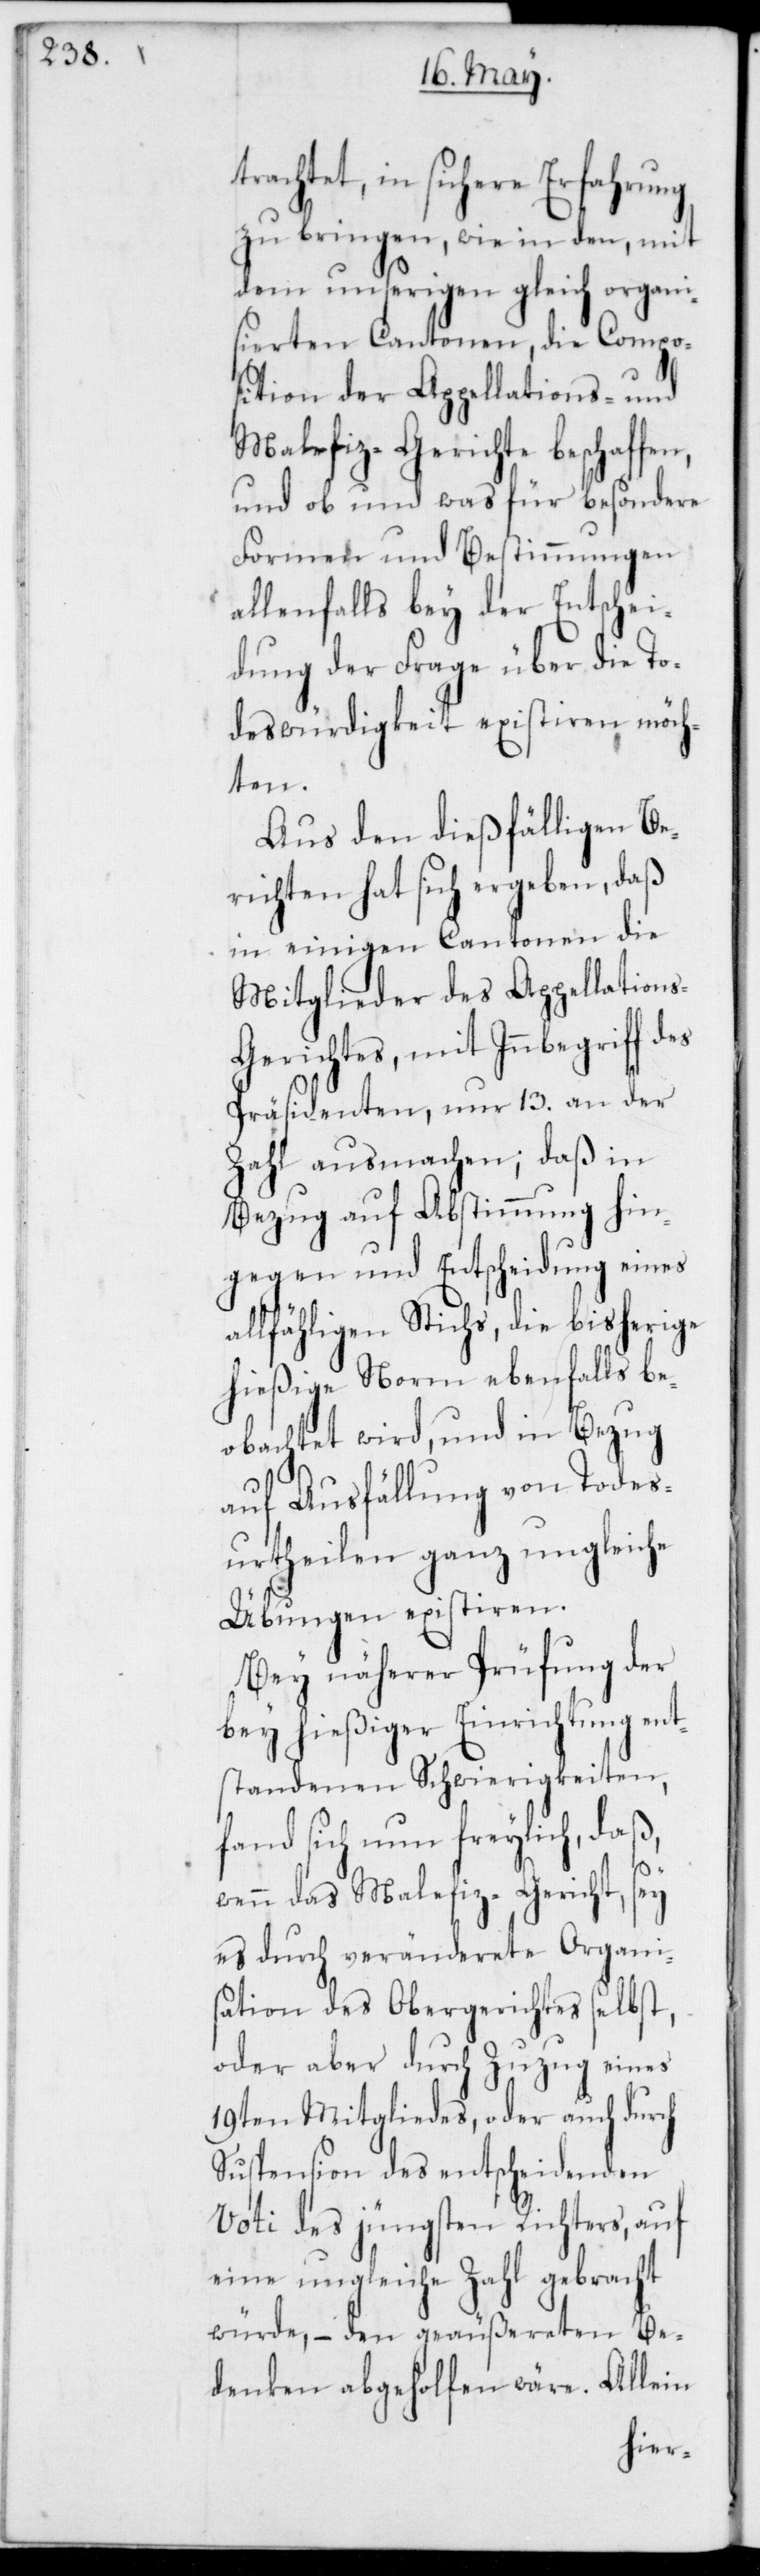
trachtet, in sichere Erfahrung
zu bringen, wie in den, mit
dem unserigen gleich organi¬
sierten Cantonen, die Compo¬
sition der Appellations- und
Malefiz-Gerichte beschaffe¬
und ob und was für besondere
Formen und Bestimmungen
allenfalls bey der Entschei¬
dung der Frage über die To¬
deswürdigkeit existieren möch¬
ten.
Aus den dießfälligen Be¬
richten hat sich ergeben, daß
in einigen Cantonen die
Mitglieder des Appellation¬
s-Gerichtes, mit Innbegriff des
Präsidenten, nur 13. an der
Zahl ausmachen; daß in
Bezug auf Abstimmung hin¬
gegen und Entscheidung eines
allfähligen Stichs, die bisherige
hießige Norm ebenfalls be¬
obachtet wird, und in Bezug
auf Ausfällung von Todes¬
urtheilen ganz ungleiche
Übungen existieren.
Bey näherer Prüfung der
bey hießiger Einrichtung ent¬
standenen Schwierigkeiten,
fand sich nun freylich, daß,
n,
wenn das Malefiz-Gericht, sey
es durch veränderete Organi¬
sation des Obergerichtes selbst,
oder aber durch Zuzug eines
19ten Mitgliedes, oder auch durch
Suspension des entscheidenden
Voti des jüngsten Richters, auf
eine ungleiche Zahl gebracht
würde, – den geäußereten Be¬
denken abgeholfen wäre. Allein